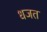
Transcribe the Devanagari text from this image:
धजत